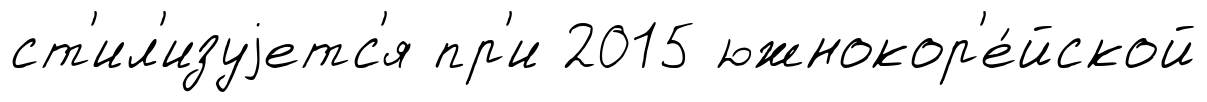
ст'ил'изуjетс'я пр'и 2015 южнокор'е́йской